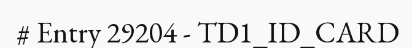
# Entry 29204 - TD1_ID_CARD